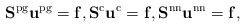
\begin{align*}\mathbf{S}^\mathrm{pg} \mathbf{u}^\mathrm{pg} = \mathbf{f},\mathbf{S}^\mathrm{c} \mathbf{u}^\mathrm{c} = \mathbf{f},\mathbf{S}^\mathrm{nn} \mathbf{u}^\mathrm{nn} = \mathbf{f},\end{align*}